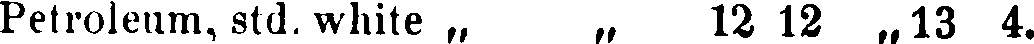
Petroleum, std. white „ „ 12 12 „13 4.